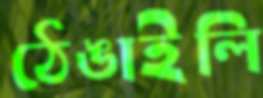
ঠেঙাইলি